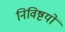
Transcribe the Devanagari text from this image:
निविष्टयों